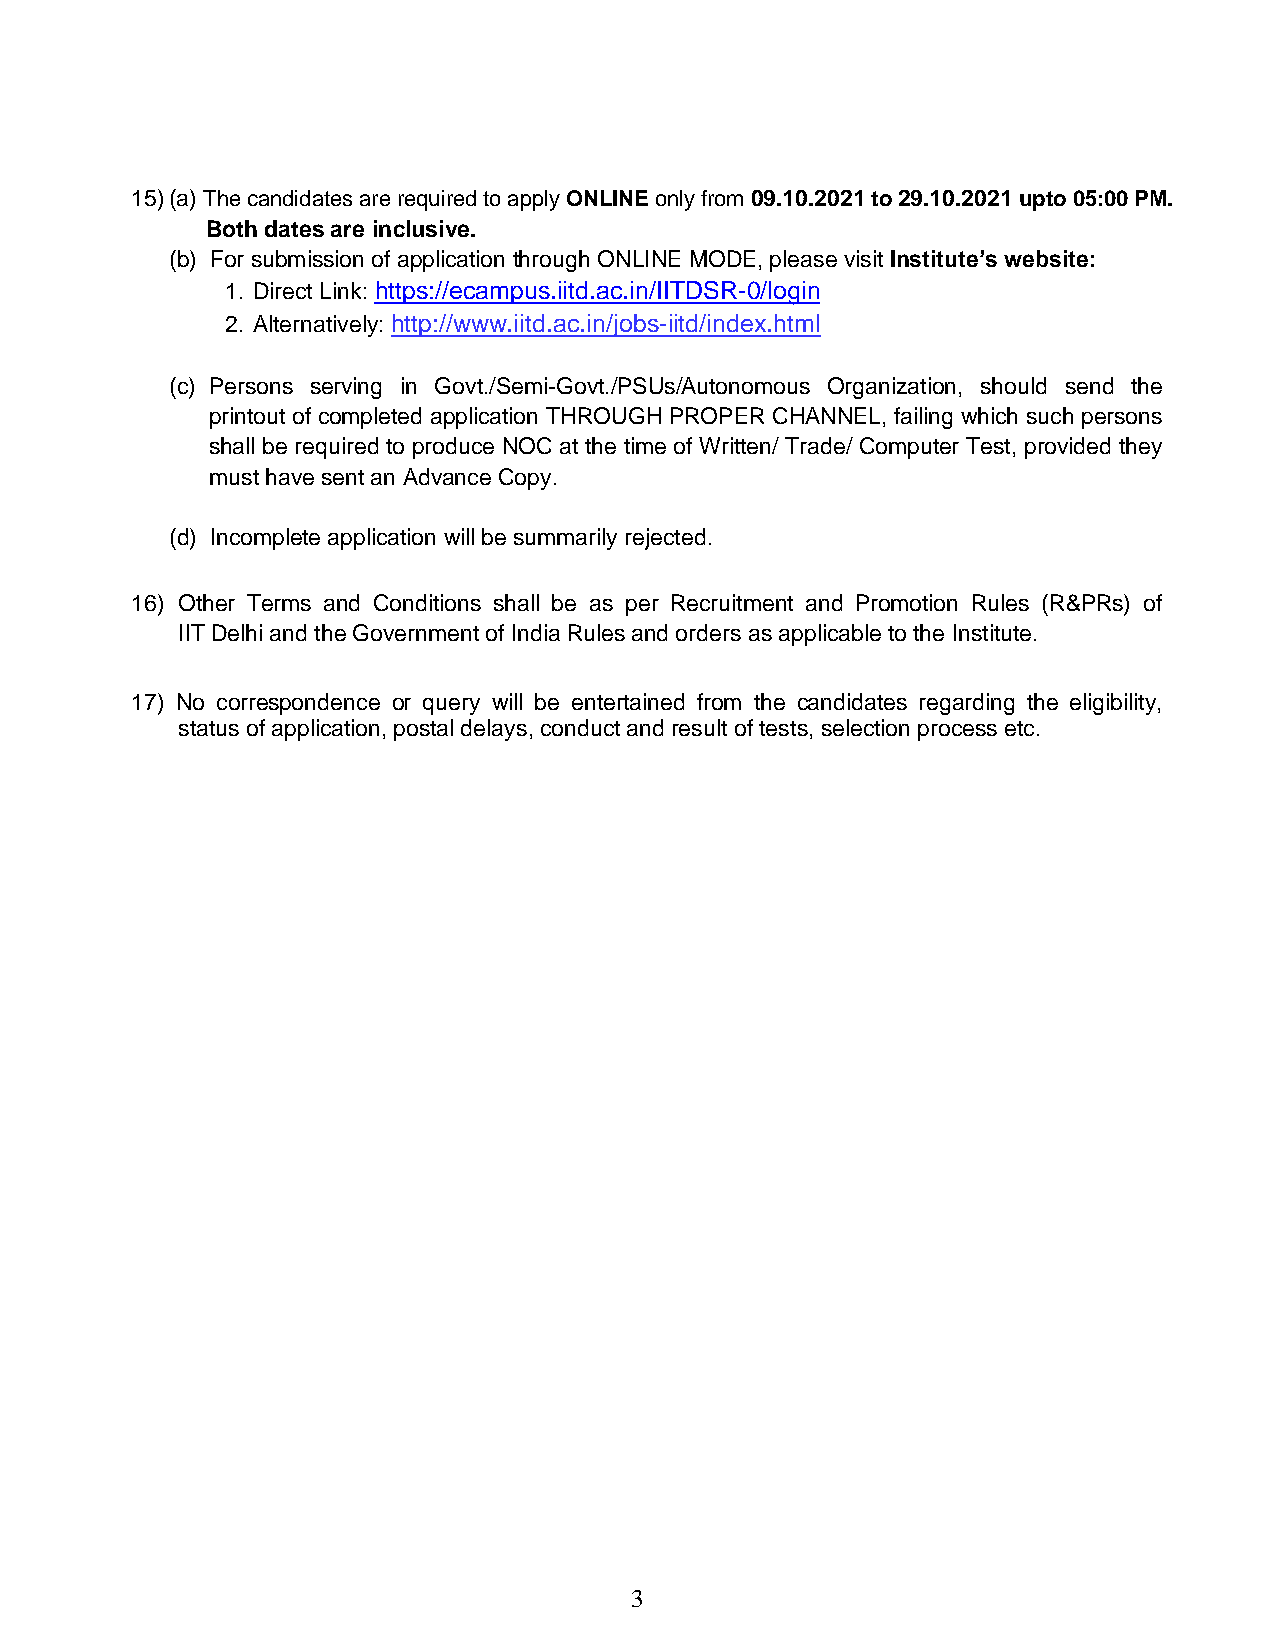
15) (a) The candidates are required to apply ONLINE only from 09.10.2021 to 29.10.2021 upto 05:00 PM.
 Both dates are inclusive.
 (b) For submission of application through ONLINE MODE, please visit Institute’s website:
 1. Direct Link: https://ecampus.iitd.ac.in/IITDSR-0/login
 2. Alternatively: http://www.iitd.ac.in/jobs-iitd/index.html
 (c) Persons serving in Govt./Semi-Govt./PSUs/Autonomous Organization, should send the
 printout of completed application THROUGH PROPER CHANNEL, failing which such persons
 shall be required to produce NOC at the time of Written/ Trade/ Computer Test, provided they
 must have sent an Advance Copy.
 (d) Incomplete application will be summarily rejected.
 16) Other Terms and Conditions shall be as per Recruitment and Promotion Rules (R&PRs) of
 IIT Delhi and the Government of India Rules and orders as applicable to the Institute.
 17) No correspondence or query will be entertained from the candidates regarding the eligibility,
 status of application, postal delays, conduct and result of tests, selection process etc.
 3